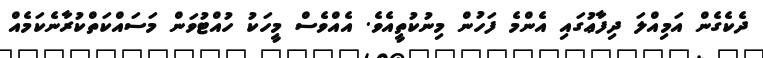
ދެކެގެން އަމިއްލަ ދިފާޢުގައި އެންމެ ފަހުން މިނުކުތީއެވެ. އެއްވެސް މީހަކު ހުއްޓުވަން މަސައްކަތްކުރާނެކަމެއް